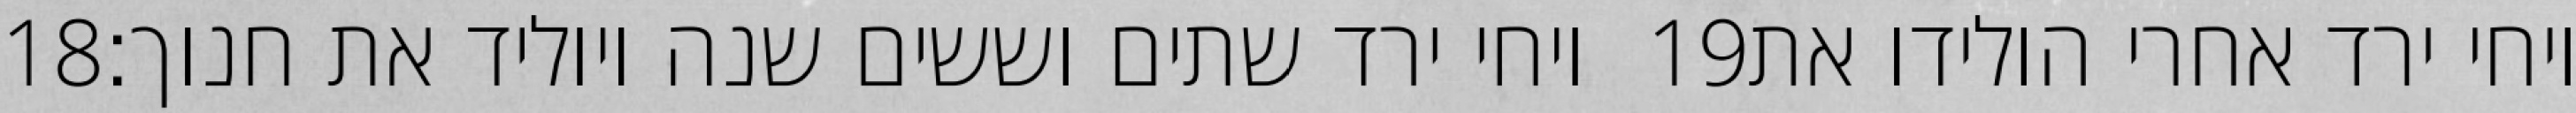
‎18‏ ויחי ירד שתים וששים שנה ויוליד את חנוך׃ ‎19‏ ויחי ירד אחרי הולידו את